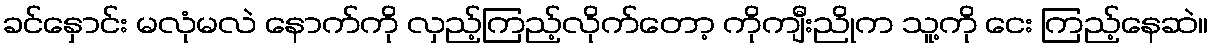
ခင်နှောင်း မလုံမလဲ နောက်ကို လှည့်ကြည့်လိုက်တော့ ကိုကျီးညိုက သူ့ကို ငေး ကြည့်နေဆဲ။